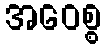
အဝေစ္စ